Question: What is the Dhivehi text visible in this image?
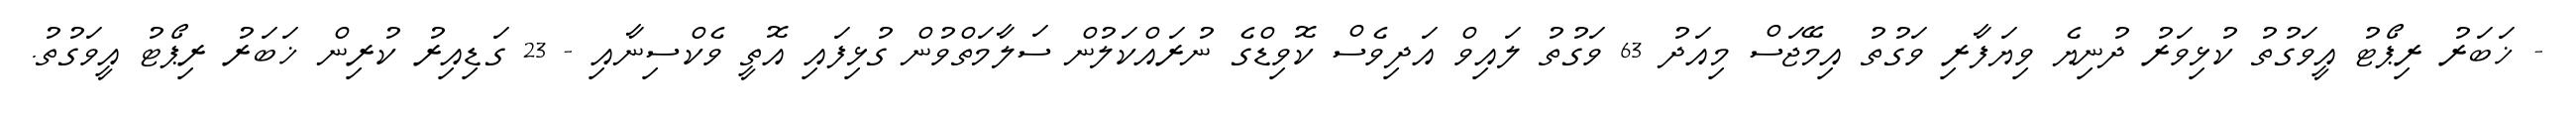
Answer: - ޚަބަރު ރިޕޯޓު އީވަގުތު ކުޅިވަރު ދުނިޔެ ވިޔަފާރި ވަގުތު އިމޭޖަސް މިއަދު 63 ވަގުތު ލައިވް އަދިވެސް ކޮވިޑްގެ ނުރައްކަލުން ސަލާމަތްވުން ގުޅިފައި އޮތީ ވެކްސިނާއި - 23 ގަޑިއިރު ކުރިން ޚަބަރު ރިޕޯޓު އީވަގުތު.